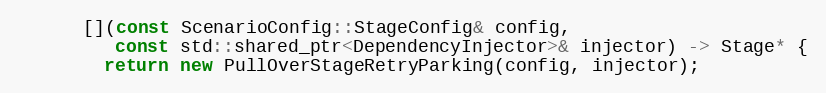
Language: C++
      [](const ScenarioConfig::StageConfig& config,
         const std::shared_ptr<DependencyInjector>& injector) -> Stage* {
        return new PullOverStageRetryParking(config, injector);